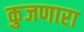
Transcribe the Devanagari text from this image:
कुजणारा